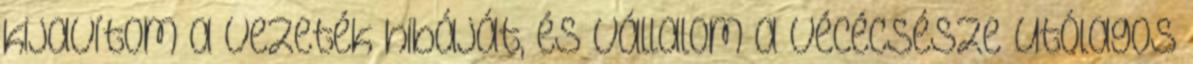
kijavítom a vezeték hibáját, és vállalom a vécécsésze utólagos